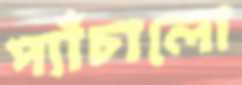
প্যাঁচালো